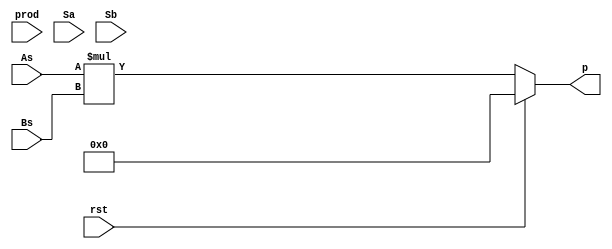
module sign_set(rst,prod,As,Bs,Sa,Sb,p);
input rst;
input [63:0]prod;
input [31:0]As,Bs; 
input Sa,Sb;
output reg [63:0]p;
reg [63:0]out;

always@(prod,Sa,Sb)
begin
if(rst)
begin
out=64'b0;
p=64'b0;
end
else
begin                                                                                                                                                                                                                                                                                                                                                                                                                                            p=As*Bs;
case ({Sa,Sb})
2'b00:out=prod;
2'b01:out=~prod+1'b1;
2'b10:out=~prod+1'b1;
2'b11:out=prod; 
endcase
end
end
endmodule